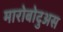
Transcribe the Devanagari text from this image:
मारोबोदुअस